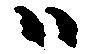
ハ